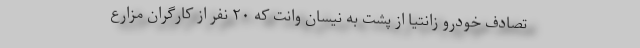
تصادف خودرو زانتیا از پشت به نیسان وانت که ۲۰ نفر از کارگران مزارع